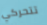
تتحركي